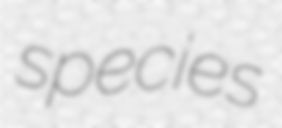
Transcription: species